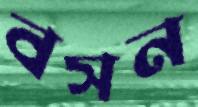
বসন